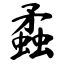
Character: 蟊